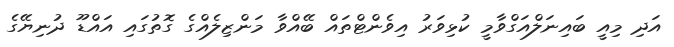
އަދި މިއީ ބައިނަލްއަގްވާމީ ކުޅިވަރު އިވެންޓްތައް ބޭއްވާ މަންޒިލެއްގެ ގޮތުގައި އައްޑޫ ދުނިޔޭގެ